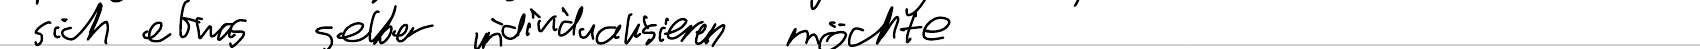
sich etwas selber individualisieren möchte